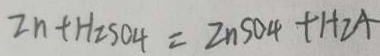
2 n + H _ { 2 } S O 4 = Z n S O _ { 4 } + H _ { 2 } A